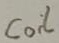
Text: Coil